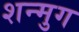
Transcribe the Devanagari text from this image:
शन्मुग